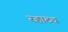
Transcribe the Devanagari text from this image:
रहाटच